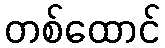
တစ်ထောင်